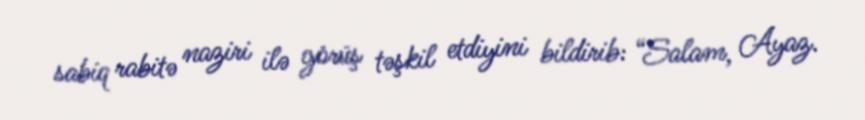
sabiq rabitə naziri ilə görüş təşkil etdiyini bildirib: “Salam, Ayaz.